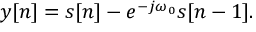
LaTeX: y [ n ] = s [ n ] - e ^ { - j \omega _ { 0 } } s [ n - 1 ] .